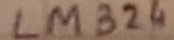
Text: LM324